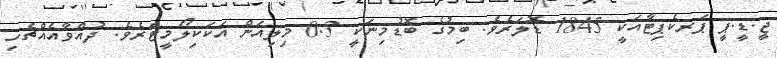
ޖީ.ޑީ.ޕީ ޕަރކެޕިޓާއަކީ 1845 ޑޮލަރެވެ. ބިމުގެ ބޮޑުމިނަކީ 0.3 މިލިއަން އަކަކިލޯމީޓަރެވެ. ދުއްވާއެއްޗެހި